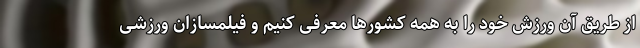
از طریق آن ورزش خود را به همه کشورها معرفی کنیم و فیلمسازان ورزشی